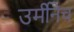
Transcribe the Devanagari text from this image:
उर्मीनेच